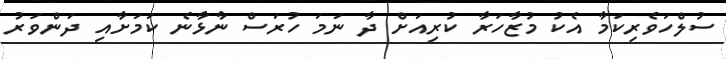
ސުލްހަވެރިކަމާ އެކު މުޒާހަރާ ކުރިއަށް ދާ ނަމަ ހުރަސް ނާޅާނެ ކަމަށާއި ދަންވަރު